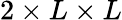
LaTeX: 2\times L\times L